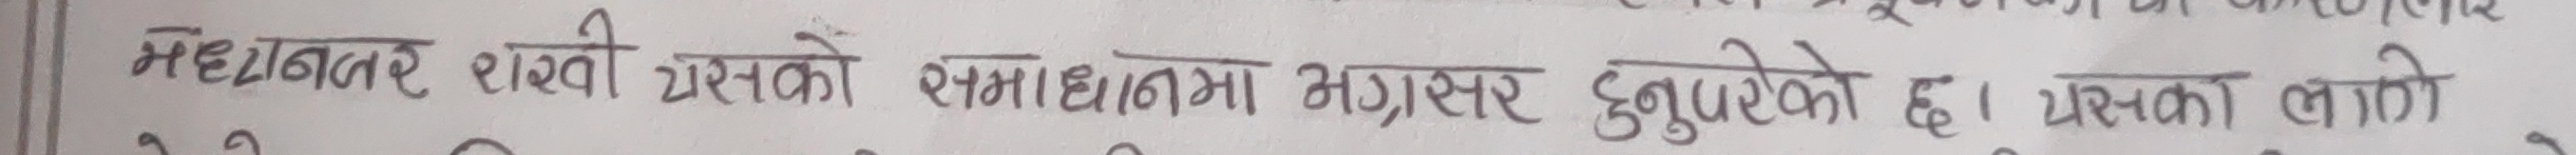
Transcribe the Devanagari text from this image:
महेनतर राखेको समाधानमा अग्रसर हुनुपरेको छ । यसका लागी